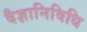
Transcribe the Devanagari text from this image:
वैज्ञानिविधि